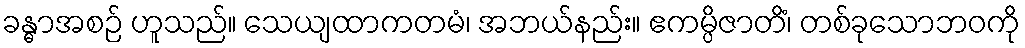
ခန္ဓာအစဉ် ဟူသည်။ သေယျထာကတမံ၊ အဘယ်နည်း။ ဧကမ္ပိဇာတိံ၊ တစ်ခုသောဘဝကို